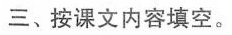
三、按课文内容填空。